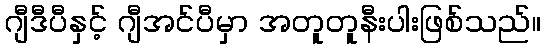
ဂျီဒီပီနှင့် ဂျီအင်ပီမှာ အတူတူနီးပါးဖြစ်သည်။